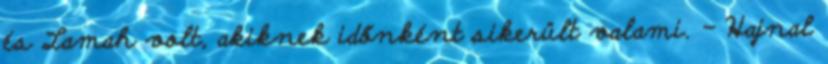
és Lamah volt, akiknek időnként sikerült valami. - Hajnal